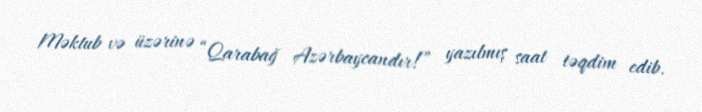
Məktub və üzərinə “Qarabağ Azərbaycandır!” yazılmış saat təqdim edib.